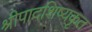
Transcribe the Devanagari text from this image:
श्रीपादशिष्यकृत